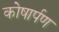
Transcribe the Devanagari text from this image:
कोषार्पण